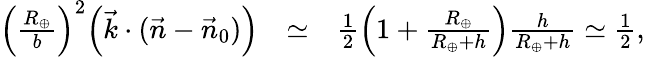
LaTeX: \begin{array}{rlr}{\Big(\frac{R_{\oplus}}{b}\Big)^{2}\Big({\vec{k}}\cdot({\vec{n}}-{\vec{n}}_{0})\Big)}&{\simeq}&{{\textstyle\frac{1}{2}}\Big(1+\frac{R_{\oplus}}{R_{\oplus}+h}\Big)\frac{h}{R_{\oplus}+h}\simeq{\textstyle\frac{1}{2}},}\end{array}